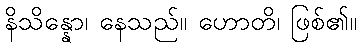
နိသိန္နော၊ နေသည်။ ဟောတိ၊ ဖြစ်၏။